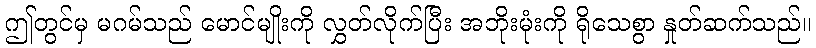
ဤတွင်မှ မဂမ်သည် မောင်မျိုးကို လွှတ်လိုက်ပြီး အဘိုးမုံးကို ရိုသေစွာ နှုတ်ဆက်သည်။